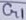
Text: G1